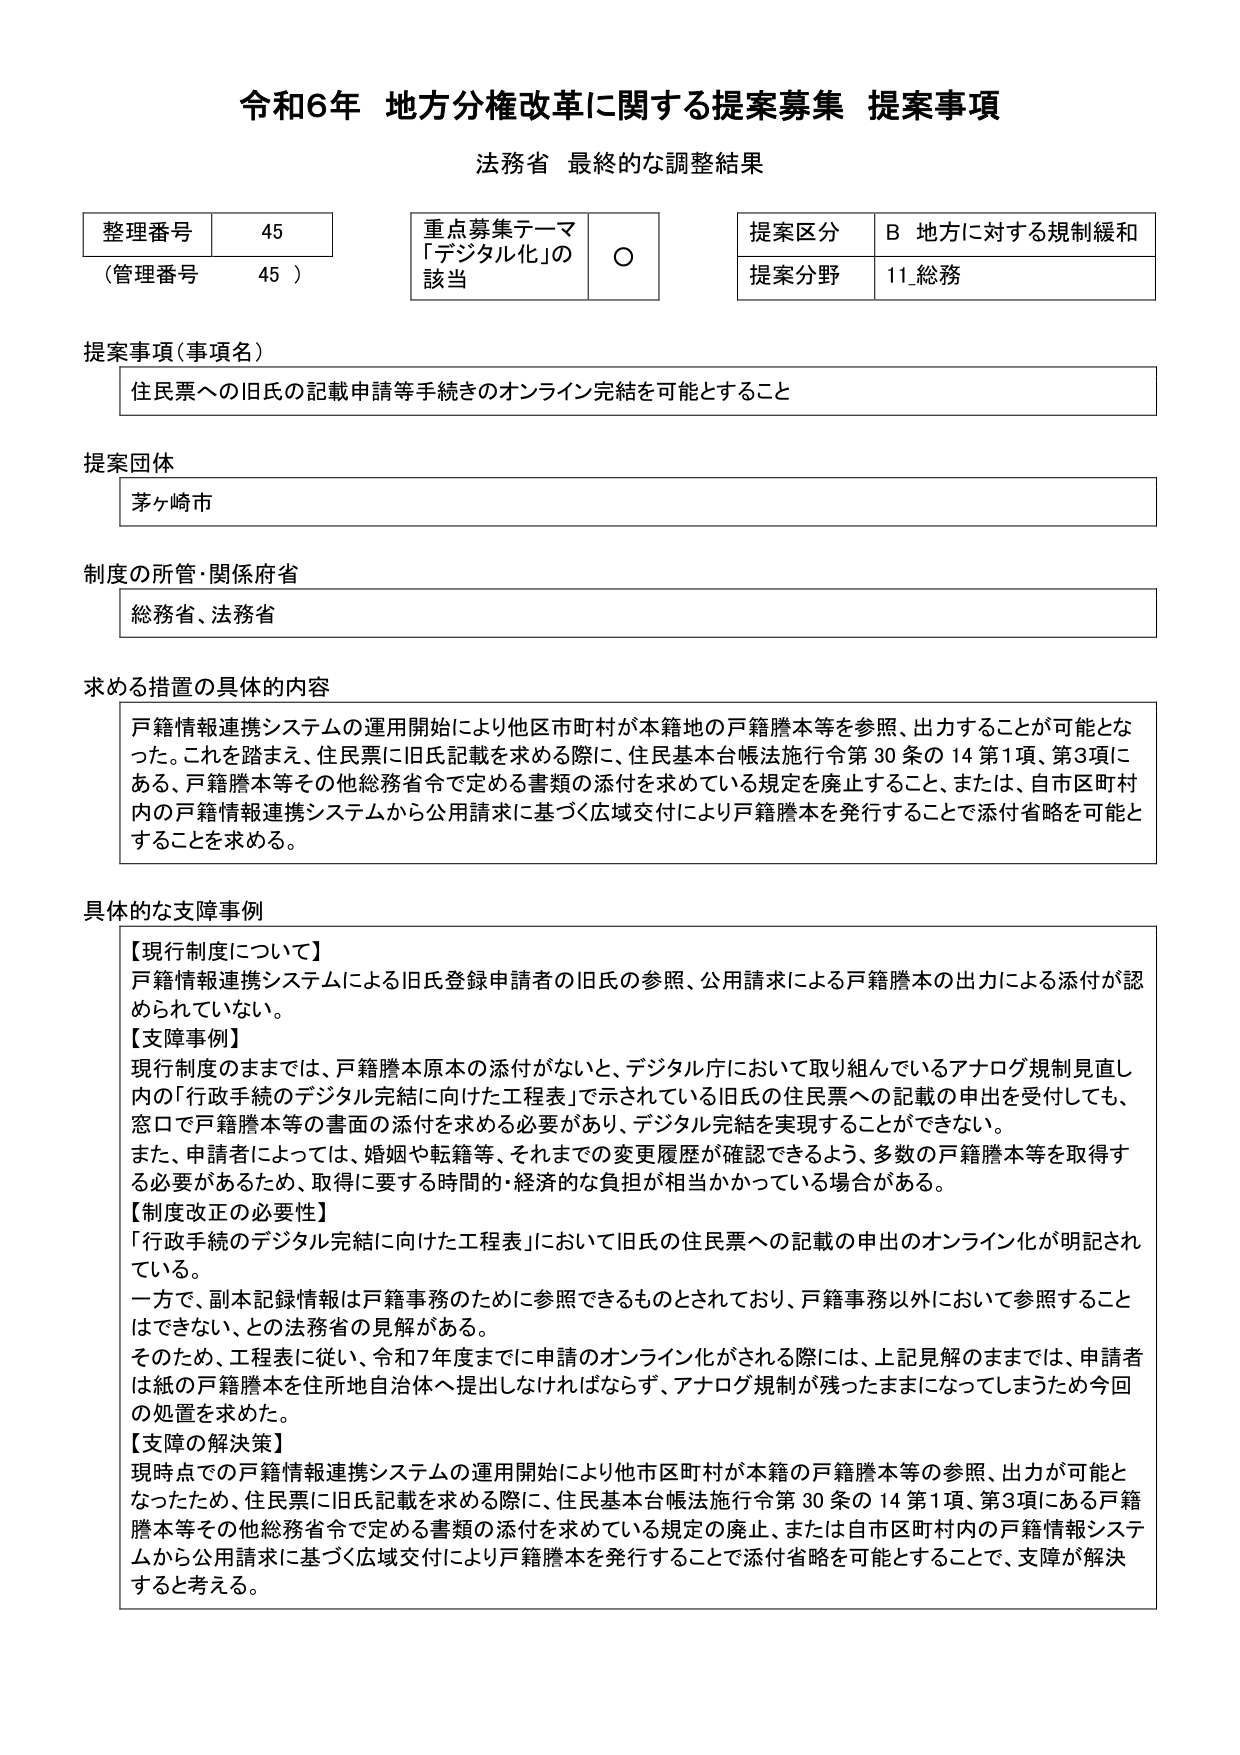
令和6年 地方分権改革に関する提案募集 提案事項
法務省 最終的な調整結果

整理番号 45
（管理番号 45）

重点募集テーマ
「デジタル化」の該当 ○

提案区分 B 地方に対する規制緩和
提案分野 11 総務

提案事項（事項名）
住民票への旧氏の記載申請等手続きのオンライン完結を可能とすること

提案団体
茅ヶ崎市

制度の所管・関係府省
総務省、法務省

求める措置の具体的内容
戸籍情報連携システムの運用開始により他区市町村が本籍地の戸籍謄本等を参照、出力することが可能となった。これを踏まえ、住民票に旧氏記載を求める際に、住民基本台帳法施行令第30条の14第1項、第3項にある、戸籍謄本等その他総務省令で定める書類の添付を求めている規定を廃止すること、または、自市区町村内の戸籍情報連携システムから公用請求に基づく広域交付により戸籍謄本を発行することで添付省略を可能とすることを求める。

具体的な支障事例
【現行制度について】
戸籍情報連携システムによる旧氏登録申請者の旧氏の参照、公用請求による戸籍謄本の出力による添付が認められていない。
【支障事例】
現行制度のままでは、戸籍謄本原本の添付がないと、デジタル庁において取り組んでいるアナログ規制見直し内の「行政手続のデジタル完結に向けた工程表」で示されている旧氏の住民票への記載の申出を受付しても、窓口で戸籍謄本等の書面の添付を求める必要があり、デジタル完結を実現することができない。
また、申請者によっては、婚姻や転籍等、それまでの変更履歴が確認できるよう、多数の戸籍謄本等を取得する必要があるため、取得に要する時間的・経済的な負担が相当かかっている場合がある。
【制度改正の必要性】
「行政手続のデジタル完結に向けた工程表」において旧氏の住民票への記載の申出のオンライン化が明記されている。
一方で、副本記録情報は戸籍事務のために参照できるものとされており、戸籍事務以外において参照することはできない、との法務省の見解がある。
そのため、工程表に従い、令和7年度までに申請のオンライン化がされる際には、上記見解のままでは、申請者は紙の戸籍謄本を住所地自治体へ提出しなければならず、アナログ規制が残ったままになってしまうため今回の処置を求めた。
【支障の解決策】
現時点での戸籍情報連携システムの運用開始により他市区町村が本籍の戸籍謄本等の参照、出力が可能となったため、住民票に旧氏記載を求める際に、住民基本台帳法施行令第30条の14第1項、第3項にある戸籍謄本等その他総務省令で定める書類の添付を求めている規定の廃止、または自市区町村内の戸籍情報システムから公用請求に基づく広域交付により戸籍謄本を発行することで添付省略を可能とすることで、支障が解決すると考える。